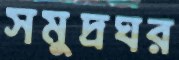
সমুদ্রঘর